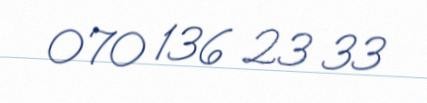
070 136 23 33